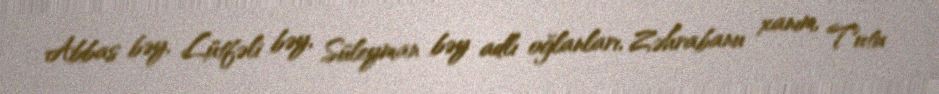
Abbas bəy, Lütfəli bəy, Süleyman bəy adlı oğlanları, Zəhrabanu xanım, Tutu